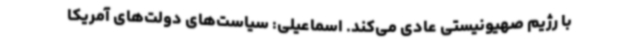
با رژیم صهیونیستی عادی می‌کند. اسماعیلی: سیاست‌های دولت‌های آمریکا